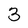
Character: 3